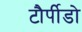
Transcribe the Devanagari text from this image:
टौर्पीडो